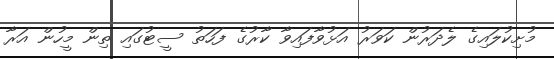
މުށިކުލައިގެ ލެދަރުން ކަވަރު އަޅުވާފައިވާ ކާރުގެ ފަހަތު ސީޓުގައި ތިން މީހުން އަރާ